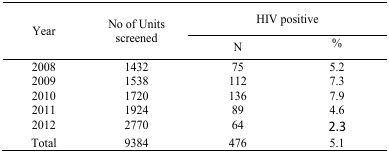
| <ROWSPAN=3> Year | <ROWSPAN=3> No of Unitsscreened | <COLSPAN=2> HIV positive |
 | N | % |
 | --- | --- | --- | --- |
 | 2008 | 1432 | 75 | 5.2 |
 | 2009 | 1538 | 112 | 7.3 |
 | 2010 | 1720 | 136 | 7.9 |
 | 2011 | 1924 | 89 | 4.6 |
 | 2012 | 2770 | 64 | 2.3 |
 | Total | 9384 | 476 | 5.1 |